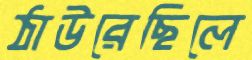
ঠাউরেছিলে